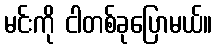
မင်းကို ငါတစ်ခုပြောမယ်။